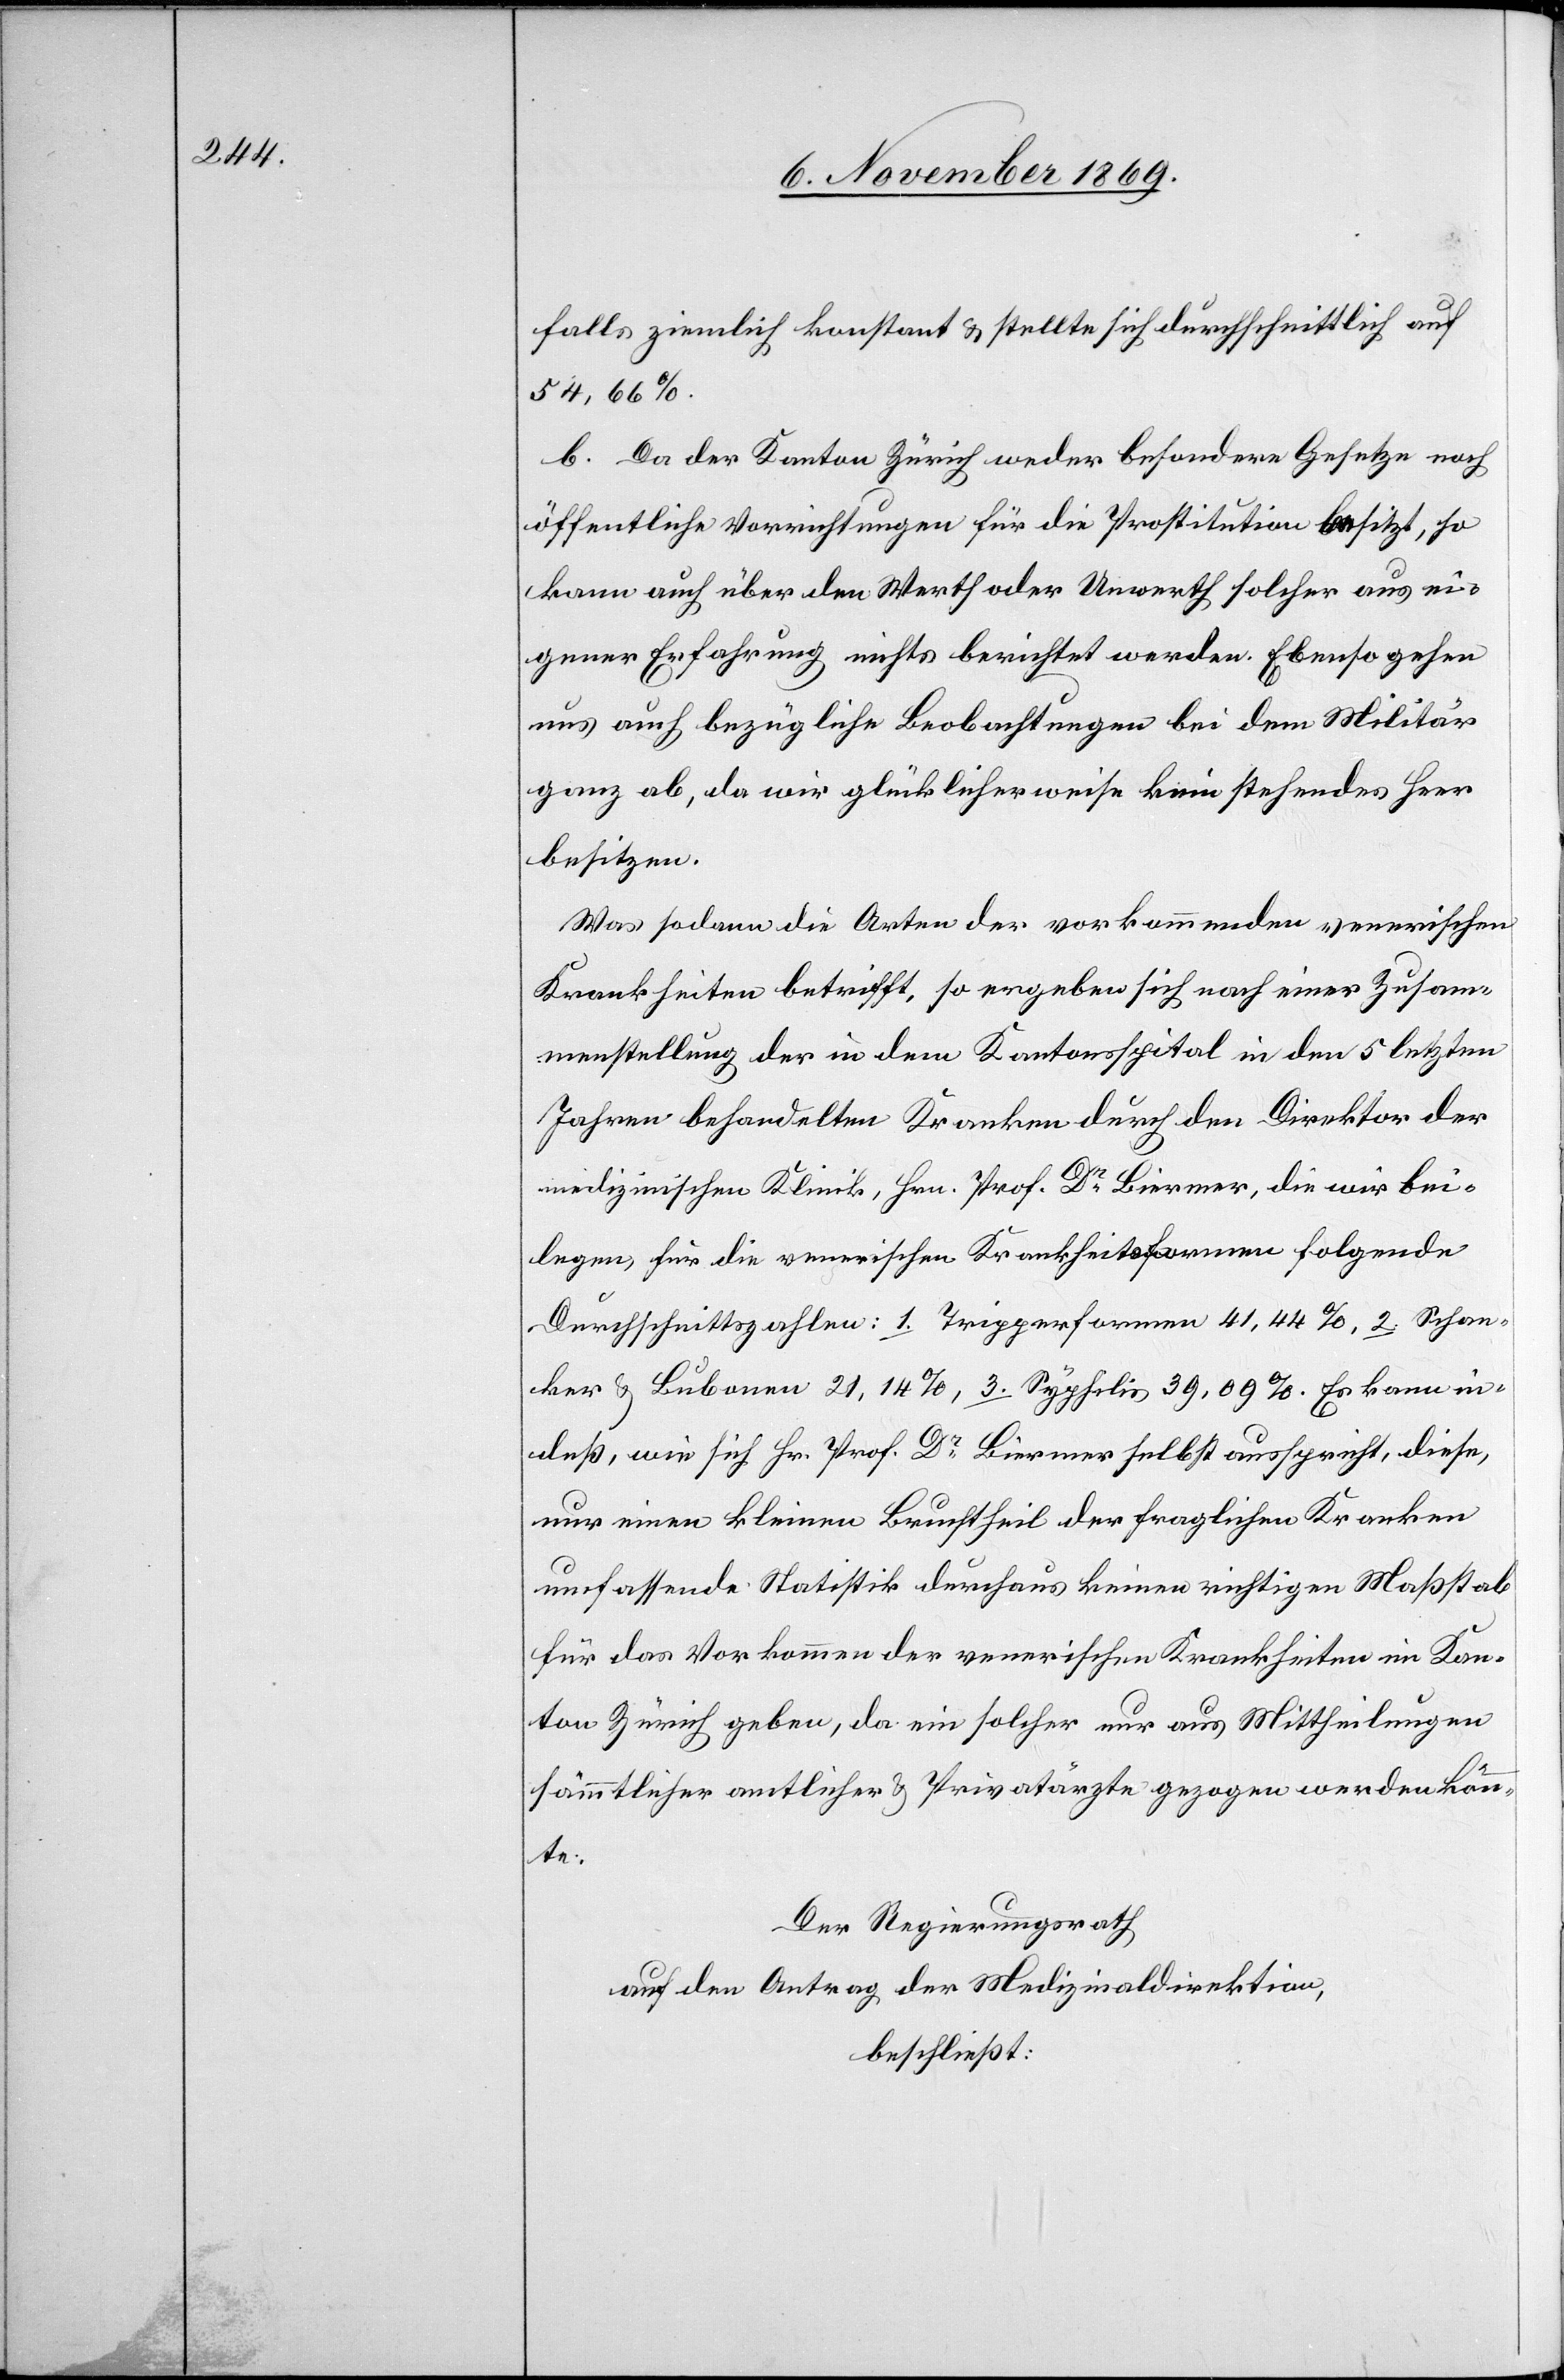
falls ziemlich konstant & stellte sich durchschnittlich auf
54,66%.
b. Da der Kanton Zürich weder besondere Gesetze noch
öffentliche Vorrichtungen für die Prostitution besitzt, so
kann auch über den Werth oder Unwerth solcher aus ei¬
gener Erfahrung nichts berichtet werden. Ebenso gehen
uns auch bezügliche Beobachtungen bei dem Militär
ganz ab, da wir glücklicherweise kein stehendes Heer
besitzen.
Was sodann die Arten der vorkommenden venerischen
Krankheiten betrifft, so ergeben sich nach einer Zusam¬
menstellung der in dem Kantonsspital in den 5 letzten
Jahren behandelten Kranken durch den Direktor der
medizinischen Klinik, Hrn. Prof. Dr Biermer, die wir bei¬
legen, für die venerischen Krankheitsformen folgende
Durchschnittszahlen: 1. Tripperformen 41,44%, 2. Schan¬
ker & Bubonen 21,14%, 3. Syphilis 39,09%. Es kann in¬
deß, wie sich Hr. Prof. Dr Biermer selbst ausspricht, diese,
nur einen kleinen Bruchtheil der fraglichen Kranken
umfassende Statistik durchaus keinen richtigen Maßstab
für das Vorkommen der venerischen Krankheiten im Kan¬
ton Zürich geben, da ein solcher nur aus Mittheilungen
sämmtlicher amtlicher & Privatärzte gezogen werden könn¬
te.
Der Regierungsrath
auf den Antrag der Medizinaldirektion,
beschließt: